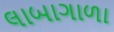
લાબાગાળા